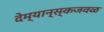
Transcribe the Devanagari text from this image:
देम्यान्स्कजवळ